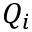
Q _ { i }